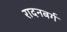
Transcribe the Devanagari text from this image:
रादनबर्ग